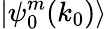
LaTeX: \left|\psi_{0}^{m}(k_{0})\right>